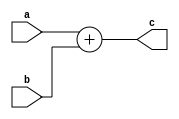
`timescale 1ns / 1ps


module qadd #(
	//Parameterized values
	parameter Q = 15,
	parameter N = 32
	)
	(
    input [N-1:0] a,
    input [N-1:0] b,
    output [N-1:0] c
    );

reg [N-1:0] res;

assign c = a + b;

endmodule